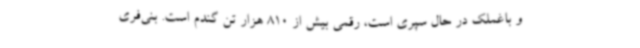
و باغملک در حال سپری است، رقمی بیش از 810 هزار تن گندم است. بنی‌فری